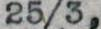
25/3,